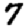
Digit: 7